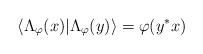
LaTeX: \begin{align*}\langle {\Lambda_\varphi(x) | \Lambda_\varphi(y)} \rangle = \varphi(y^* x)\end{align*}